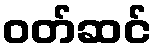
ဝတ်ဆင်